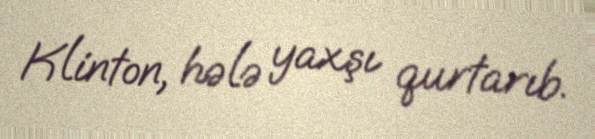
Klinton, hələ yaxşı qurtarıb.